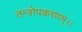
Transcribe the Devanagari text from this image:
तन्त्रोपकरणम्।।